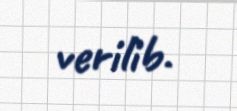
verilib.